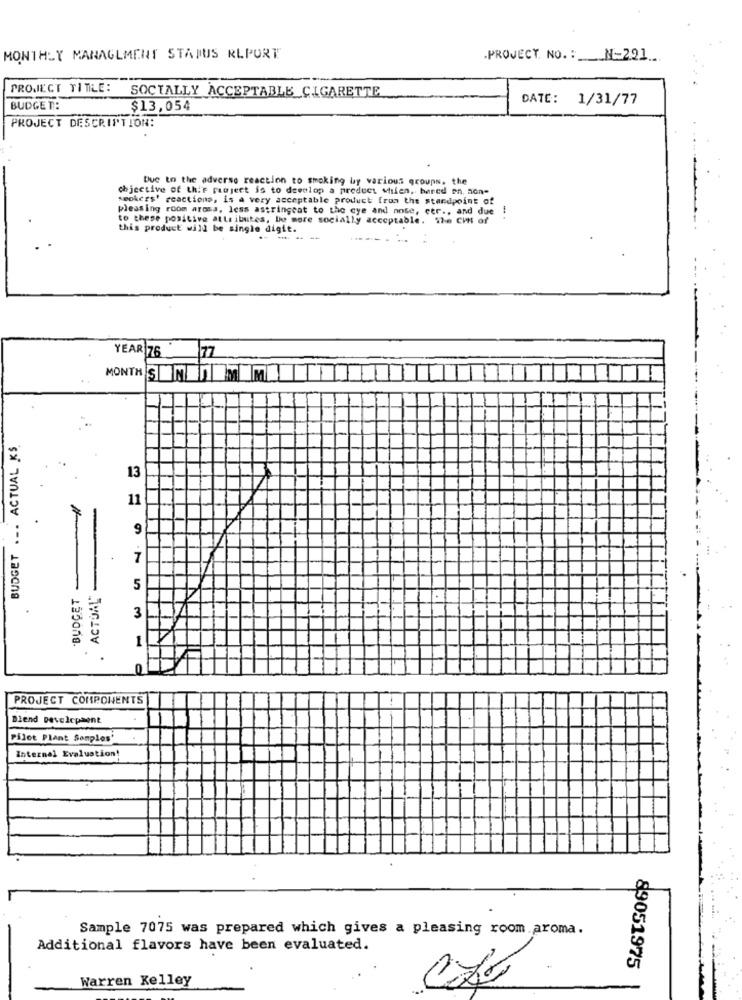
MONTHLY MANAGEMENT STATUS REPORT
.PROJECT. NO. : N-291.
PROJECT TITLE:
SOCIALLY ACCEPTABLE CIGARETTE
DATE:
1/31/77
BUDGET:
$13,054
PROJECT DESCRIPTION:
Due to the adverse reaction to smoking by various groups, the
chjective of thiF ranjeet is to develop a product whien, bared en. non-
seokces' reactions, is a very acceptable product from the standpoint of
pleasing room aross, less astringcat to the eye and nose, etr ., and due
to these positive attributes, De more socially acceptable. The Cil of
this product will be single digit.
YEAR 76 77
MONTH SONENEM MI
BUDGET ... ACTUAL KS
13
11
9
7
. ACTUAL"
5
3
PROJECT COMPONENTS
1
Diend Development
Pilot Plant Somplos'
Internal Evaluation!
Sample 7075 was prepared which gives a pleasing room.aroma.
Additional flavors have been evaluated.
89051975
Warren Kelley